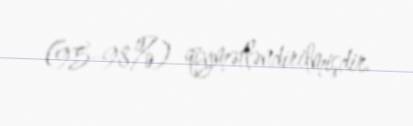
(95-98%) qiymətləndirilmişdir.